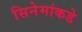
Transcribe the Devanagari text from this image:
सिनेमांकडे